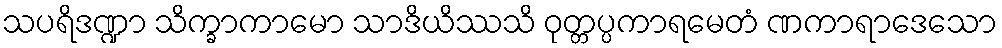
သပရိဒဏ္ဍာ သိက္ခာကာမော သာဒိယိဿသိ ဝုတ္တပ္ပကာရမေတံ ဏကာရာဒေသော